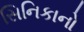
સિનિકાનો